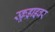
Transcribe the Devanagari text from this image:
स्क्रूड्राइवर